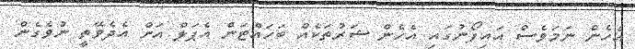
އެހެން ނަމަވެސް އައިފޯނުގައި އެހެން ޝަރުތަކެއް ބަހައްޓަން އެޕަލް އަށް އެދެވޭތީ ނުވެގެން